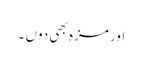
اور مزہ بھی دوں ۔